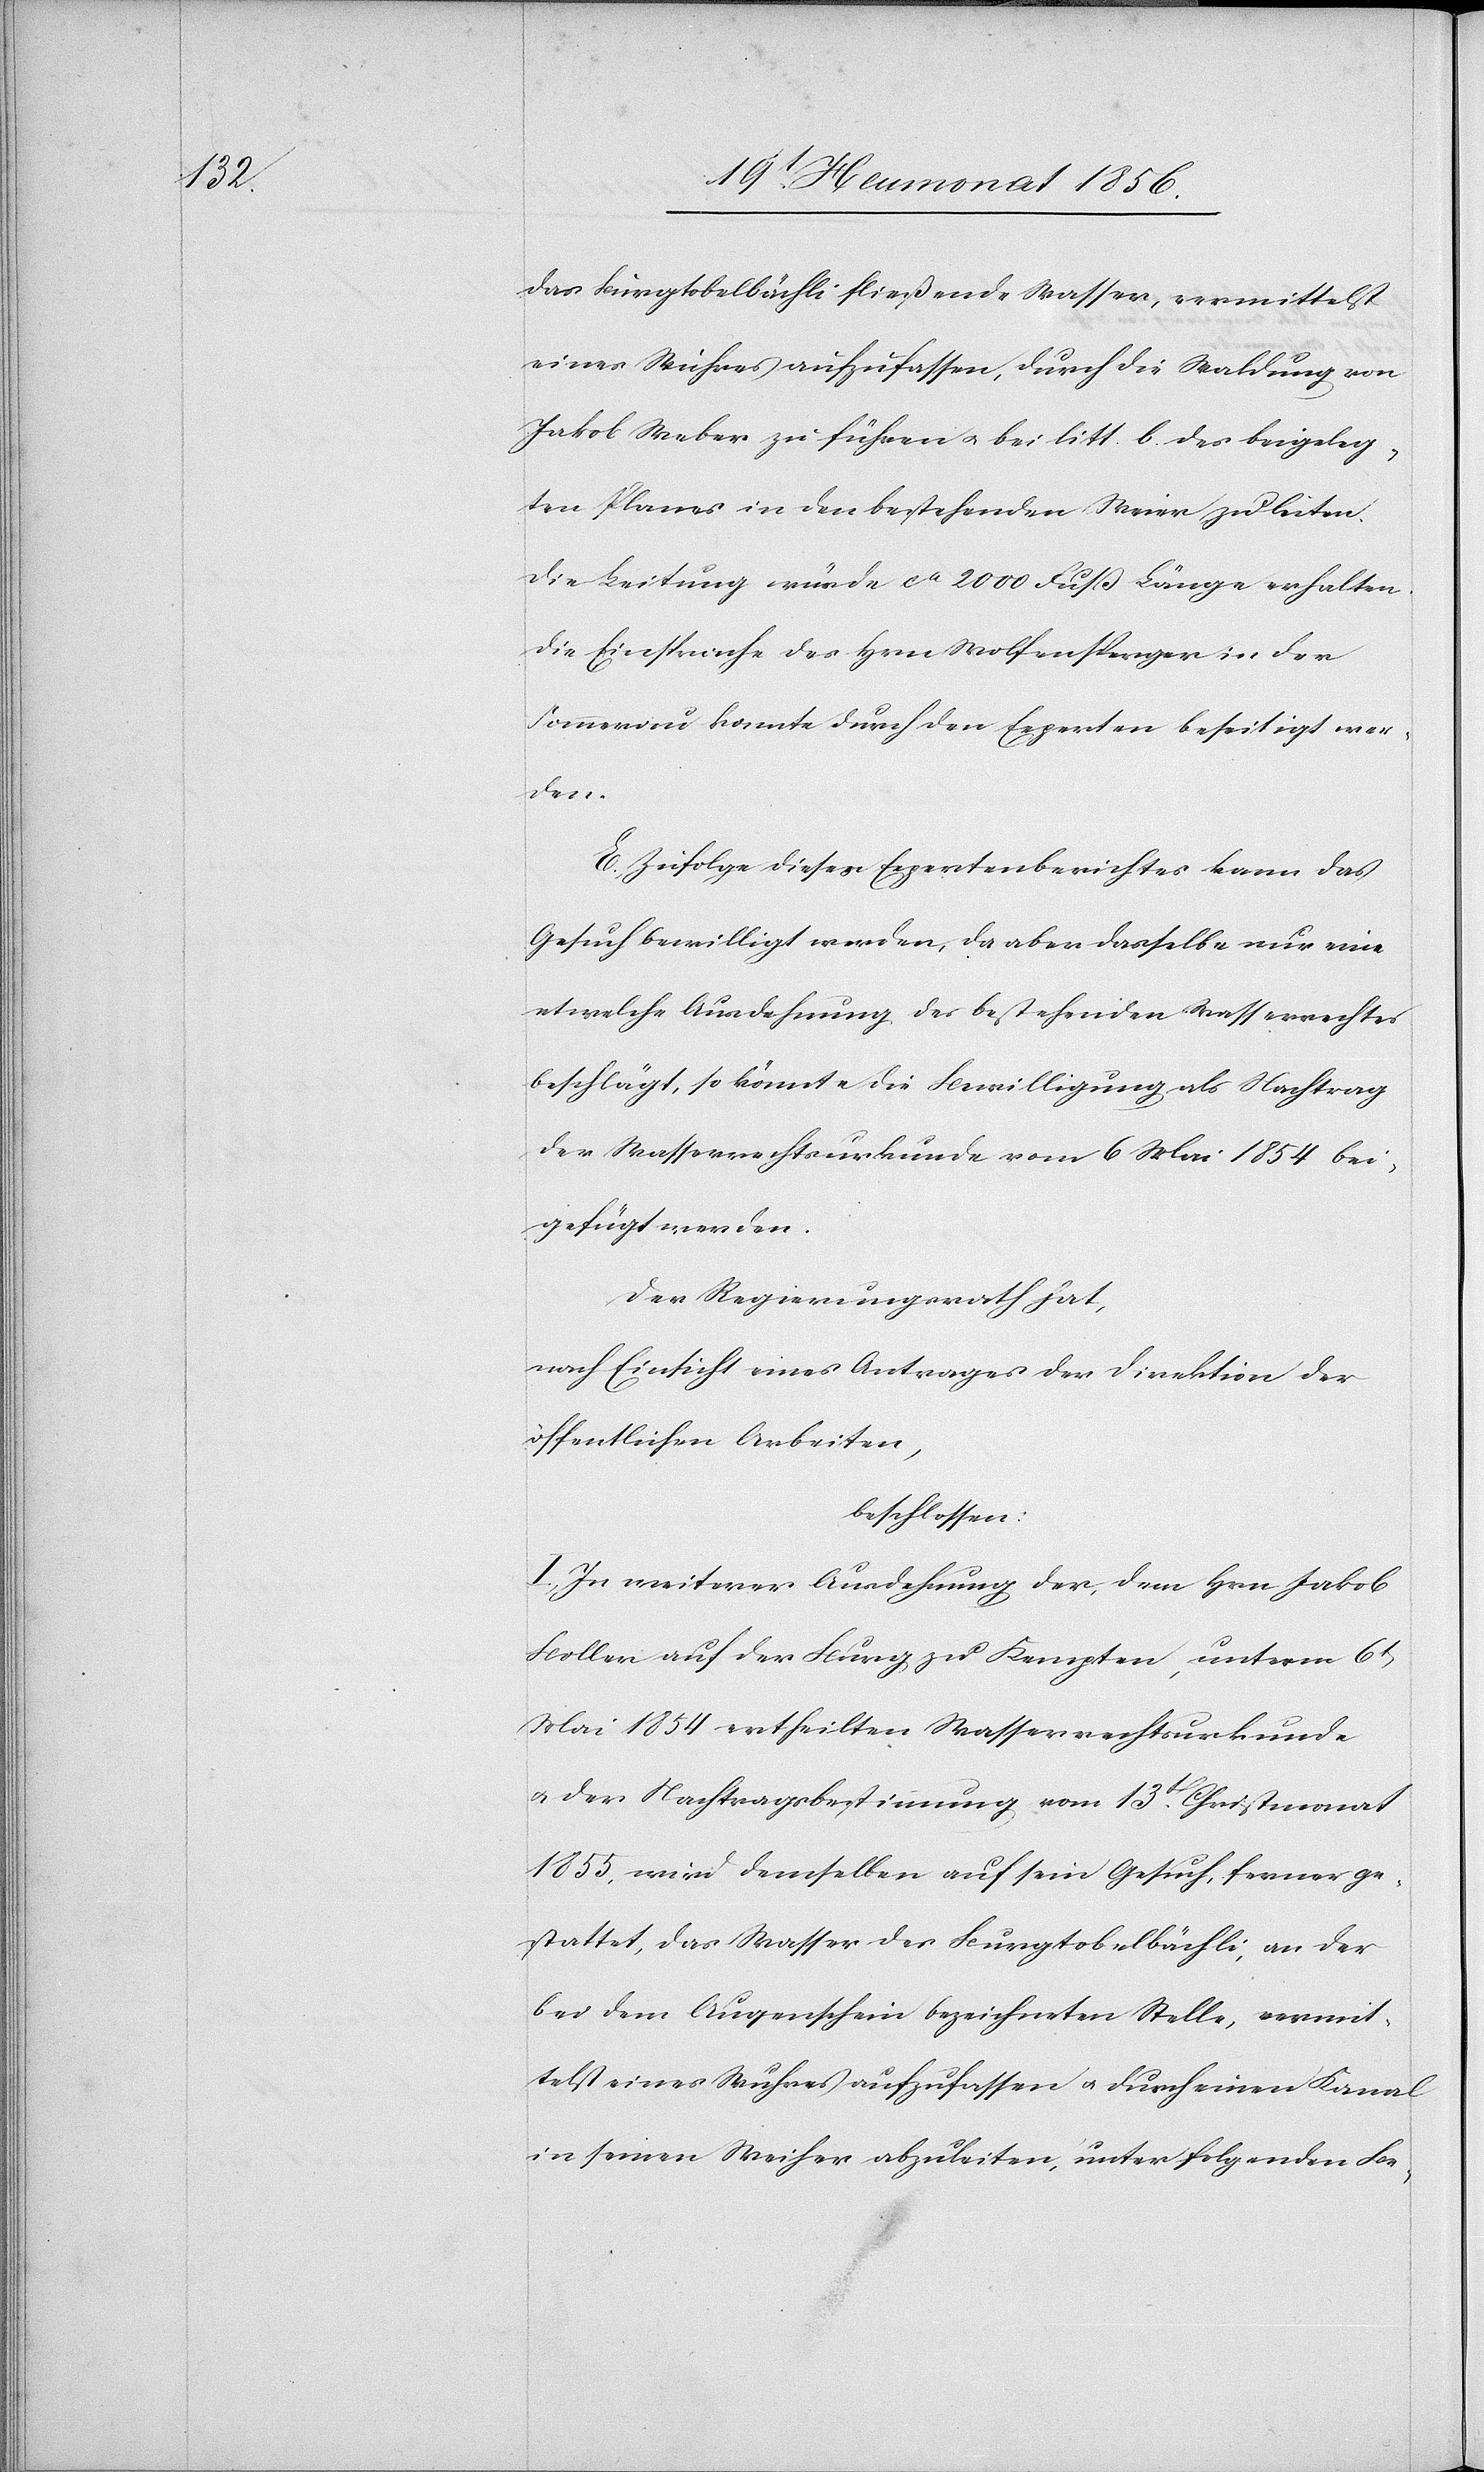
das Burgtobelbächli fließende Wasser, vermittelst
eines Wuhres aufzufassen, durch die Waldung von
Jakob Weber zu führen u. bei litt. b. des beigeleg¬
ten Planes in den bestehenden Meier zu leiten.
Die Leitung würde ca 2000 Fuß Länge erhalten.
Die Einsprache des Hrn Wolfensperger in der
Sommerau konnte durch den Experten beseitigt wer¬
den.
E.) Zufolge dieses Expertenberichtes kann das
Gesuch bewilligt werden, da aber dasselbe nur eine
etwelche Ausdehnung des bestehenden Wasserrechtes
beschlägt, so könnte die Bewilligung als Nachtrag
der Wasserrechtsurkunde vom 6 Mai 1854 bei¬
gefügt werden.
Der Regierungsrath hat,
nach Einsicht eines Antrages der Direktion der
öffentlichen Arbeiten,
beschlossen:
I.) In weiterer Ausdehnung der, dem Hrn Jakob
Boller auf der Burg zu Kempten, unterm 6t
Mai 1854 ertheilten Wasserrechtsurkunde
u. der Nachtragsbestimmung vom 13t Christmonat
1855, wird demselben auf sein Gesuch, ferner ge¬
stattet, das Wasser des Burgtobelbächli, an der
bei dem Augenschein bezeichneten Stelle, vermit¬
telst eines Wuhres aufzufassen u. durch einen Kanal
in seinen Weiher abzuleiten, unter folgenden Be-